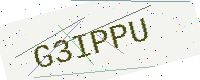
Text: G3IPPU